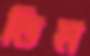
ডিম